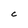
Character: C